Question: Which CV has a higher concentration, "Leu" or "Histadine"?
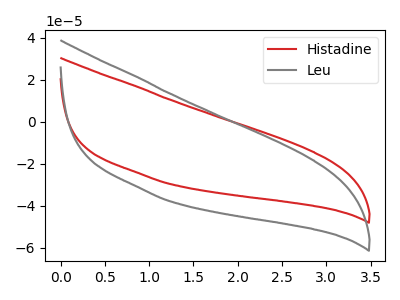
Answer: <think>The red curve "Histadine" has no peaks. The gray curve "Leu" has no peaks.
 Neither "Leu" or "Histadine" have any peaks.</think>
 <answer>I cant tell if "Leu" or "Histadine" has higher concentration.</answer>
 <eval>mixed_concentration</eval>